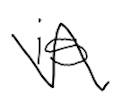
Text: is
Cross-out: zig-zag
Writing tool: digital_black